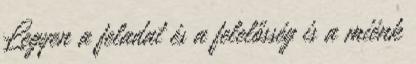
Legyen a feladat és a felelősség is a miénk